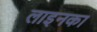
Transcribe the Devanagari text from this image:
लाइनका